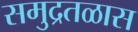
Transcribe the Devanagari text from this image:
समुद्रतळास